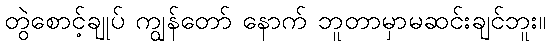
တွဲစောင့်ချုပ် ကျွန်တော် နောက် ဘူတာမှာမဆင်းချင်ဘူး။